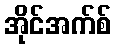
အိုင်အက်စ်